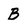
Character: B